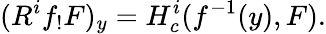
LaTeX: (R^{i}f_{!}F)_{y}=H_{c}^{i}(f^{-1}(y),F).